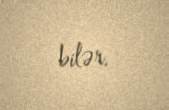
bilər.